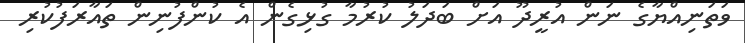
ވަތަނިއްޔާގެ ނަން އުރީދޫ އަށް ބަދަލު ކުރުމާ ގުޅިގެން އެ ކުންފުނިން ތައާރަފުކުރި